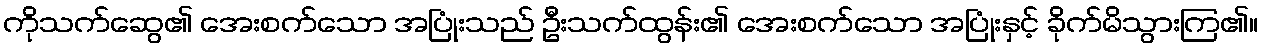
ကိုသက်ဆွေ၏ အေးစက်သော အပြုံးသည် ဦးသက်ထွန်း၏ အေးစက်သော အပြုံးနှင့် ခိုက်မိသွားကြ၏။